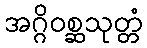
အဂ္ဂိဝစ္ဆသုတ္တံ